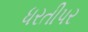
ધરતીપર